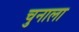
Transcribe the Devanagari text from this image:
चुनाला